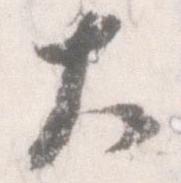
大